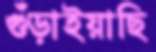
গুঁড়াইয়াছি